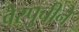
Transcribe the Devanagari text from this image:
वेस्पुचीने